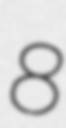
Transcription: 8